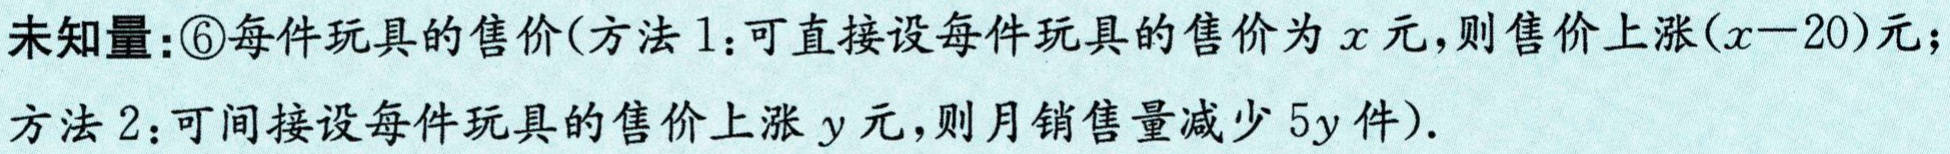
未知量：\textcircled{6}每件玩具的售价(方法1：可直接设每件玩具的售价为\(x\)元，则售价上涨\((x - 20)\)元；

方法2：可间接设每件玩具的售价上涨\(y\)元，则月销售量减少\(5y\)件).